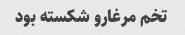
تخم مرغارو شکسته بود